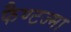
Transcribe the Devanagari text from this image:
फैण्टज्मा